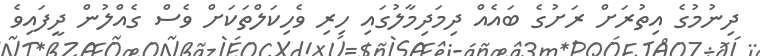
ދިނުމުގެ އިތުރަށް ރަށުގެ ބައެއް ދިމަދިމާލުގައި ހިރި ވެހިކަލްތަކަށް ވެސް ގެއްލުން ދީފައިވެ